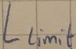
Text: Llimit